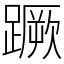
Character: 蹶